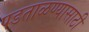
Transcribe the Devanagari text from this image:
पडताळण्यासाठी